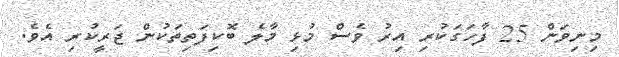
މިނިވަން 25 ފާހަގަކުރި އިރު ވެސް މުޅި މާލެ ބޮކިފަތިތަކުން ޖަރީކުރި އެވެ.